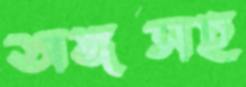
অঙ্গসহ